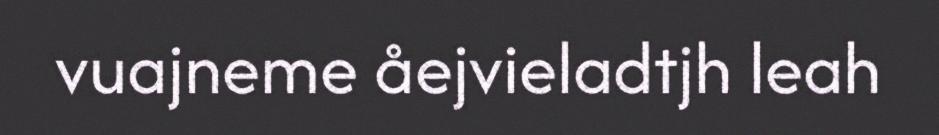
vuajneme åejvieladtjh leah